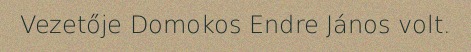
Vezetője Domokos Endre János volt.